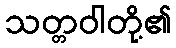
သတ္တဝါတို့၏